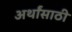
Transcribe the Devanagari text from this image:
अर्थांसाठी